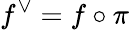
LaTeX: f^{\vee}=f\circ\pi